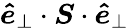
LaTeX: \boldsymbol{\hat{e}}_{\perp}\cdot\boldsymbol{S}\cdot\boldsymbol{\hat{e}}_{\perp}